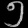
Digit: ၅